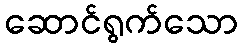
ဆောင်ရွက်သော